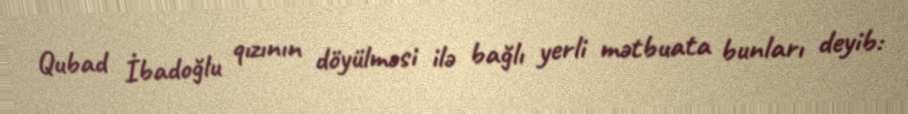
Qubad İbadoğlu qızının döyülməsi ilə bağlı yerli mətbuata bunları deyib: